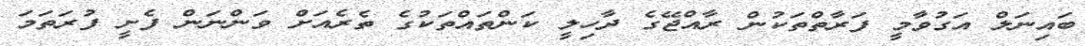
ބައިނަލް އަގުވާމީ ފަރާތްތަކުން ރާއްޖޭގެ ދާހިލީ ކަންތައްތަކުގެ ތެރެއަށް ވަންނަން ފެށީ ފުރަތަމަ